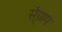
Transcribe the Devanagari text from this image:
स्ंग्राम